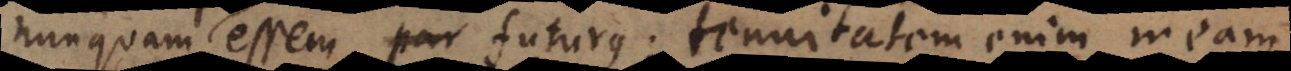
nunquam par essem futurus; tenuitatem enim meam